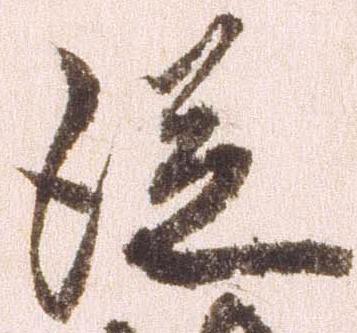
従